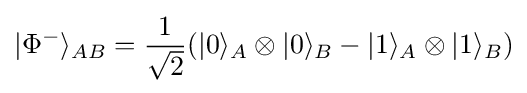
|\Phi ^{-}\rangle _{AB}={\frac {1}{\sqrt {2}}}(|0\rangle _{A}\otimes |0\rangle _{B}-|1\rangle _{A}\otimes |1\rangle _{B})